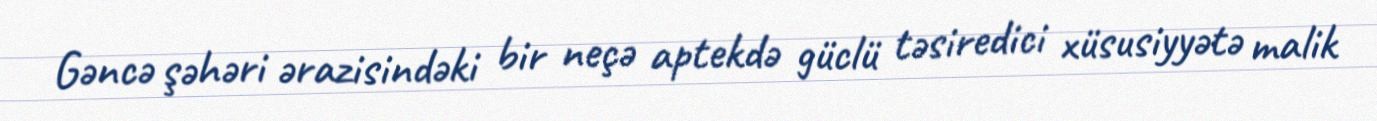
Gəncə şəhəri ərazisindəki bir neçə aptekdə güclü təsiredici xüsusiyyətə malik